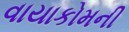
વાયાકોમની